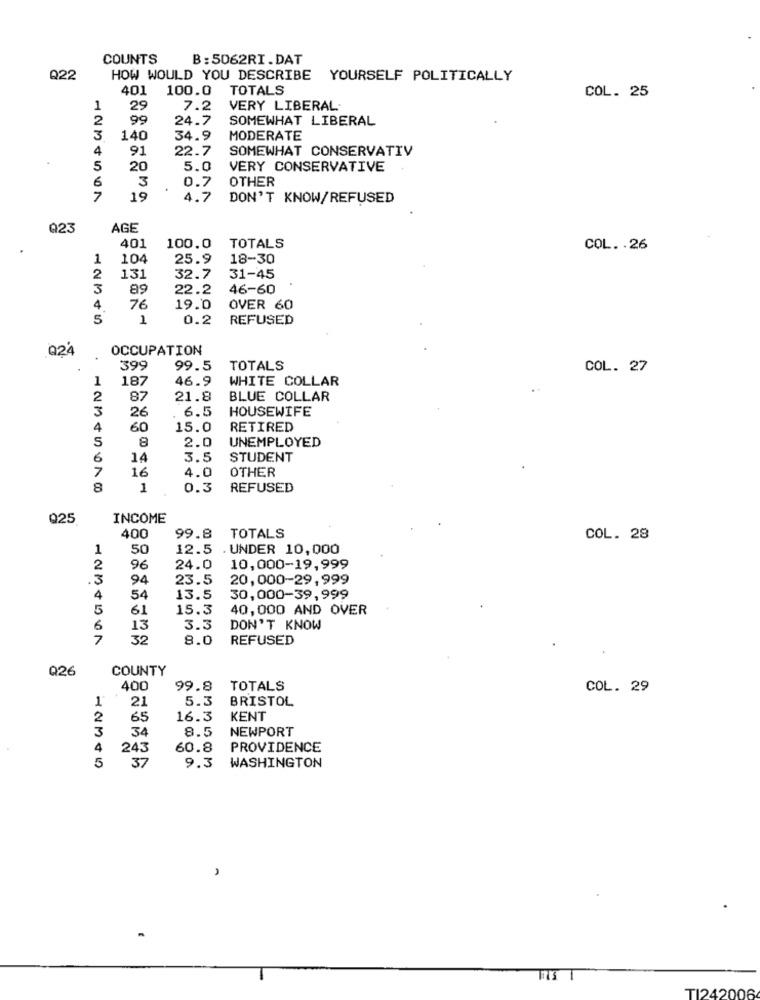
COUNTS
B: 5062RI.DAT
Q22
HOW WOULD YOU DESCRIBE YOURSELF POLITICALLY
401
100.0 TOTALS
COL. 25
29
7.2
VERY LIBERAL
2
99
24.7
SOMEWHAT LIBERAL
3
140
34.9
MODERATE
4
91
22.7
SOMEWHAT CONSERVATIV
5
20
5.0
VERY CONSERVATIVE
6
3
0.7
OTHER
7
19
4.7
DON'T KNOW/REFUSED
023
AGE
.
401
100.0
TOTALS
COL. . 26
1
104
25.9
18-30
2
131
32.7
31-45
3
89
22.2
46-60
4
76
19.0
OVER 60
5
1
0.2
REFUSED
Q24
OCCUPATION
399
99.5
TOTALS
COL. 27
187
46.9
WHITE COLLAR
2
87
21.8
BLUE COLLAR
3
26
6.5
HOUSEWIFE
4
60
15.0
RETIRED
S
8
2.0
UNEMPLOYED
6
14
3.5
STUDENT
7
16
4.0
OTHER
8
1
0.3
REFUSED
Q25
INCOME
400
99.8
TOTALS
COL. 28
1
50
12.5
. UNDER 10,000
2
96
24.0
10,000-19,999
3
94
23.5
20,000-29, 999
4
54
13.5
30,000-39,999
5
61
15.3
40,000 AND OVER
6
13
3.3
DON'T KNOW
7
32
8.0
REFUSED
Q26
COUNTY
400
99.8
TOTALS
COL. 29
1
21
5.3
BRISTOL
2
65
16.3
KENT
3
34
8.5
NEWPORT
4
243
60.8
PROVIDENCE
5
37
9.3
WASHINGTON
TI242006